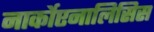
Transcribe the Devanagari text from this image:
नार्कोएनालिसिस